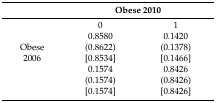
|  | <COLSPAN=2> Obese 2010 |
 | --- | --- | --- |
 |  | 0 | 1 |
 |  | 0.8580 | 0.1420 |
 | Obese | (0.8622) | (0.1378) |
 | 2006 | [0.8534] | [0.1466] |
 |  | 0.1574 | 0.8426 |
 |  | (0.1574) | (0.8426) |
 |  | [0.1574] | [0.8426] |